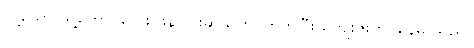
သို့သော် သူ့ကောင်လေး ဖန်ဂျင်းဆိုသူကို ကြိတ်ပြီး ကျေးဇူးတင်နေမိ သည်။